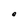
Character: O